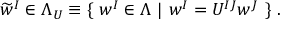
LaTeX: \widetilde { w } ^ { I } \in \Lambda _ { U } \equiv \{ \ w ^ { I } \in \Lambda \ | \ w ^ { I } = U ^ { I J } w ^ { J } \ \} \ .